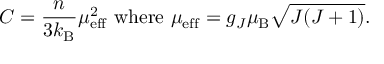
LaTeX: C = { \frac { n } { 3 k _ { \mathrm { B } } } } \mu _ { \mathrm { e f f } } ^ { 2 } { \mathrm { ~ w h e r e ~ } } \mu _ { \mathrm { e f f } } = g _ { J } \mu _ { \mathrm { B } } { \sqrt { J ( J + 1 ) } } .